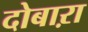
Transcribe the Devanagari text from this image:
दोबाऱा